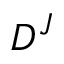
D ^ { J }